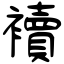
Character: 襩